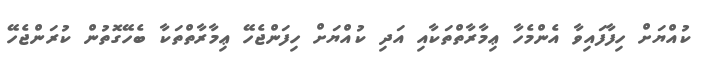
ކުއްޔަށް ހިފާފައިވާ އެންމެހާ ޢިމާރާތްތަކާއި އަދި ކުއްޔަށް ހިފަންޖެހޭ ޢިމާރާތްތަކާ ބެހޭގޮތުން ކުރަންޖެހޭ